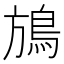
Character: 鴋